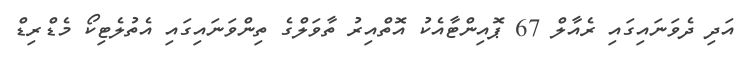
އަދި ދެވަނައިގައި ރެއާލް 67 ޕޮއިންޓާއެކު އޮތްއިރު ތާވަލްގެ ތިންވަނައިގައި އެތުލެޓިކޯ މެޑްރިޑް